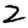
Digit: 2